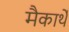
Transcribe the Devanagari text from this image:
मैकार्थे